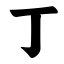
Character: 丁